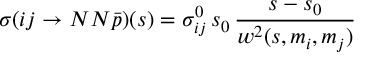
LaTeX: \sigma ( i j \rightarrow N N \bar { p } ) ( s ) = \sigma _ { i j } ^ { 0 } \, s _ { 0 } \, \frac { s - s _ { 0 } } { w ^ { 2 } ( s , m _ { i } , m _ { j } ) }